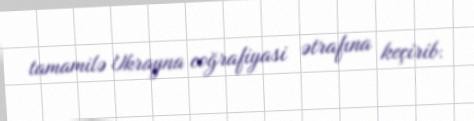
tamamilə Ukrayna coğrafiyasi ətrafına keçirib.